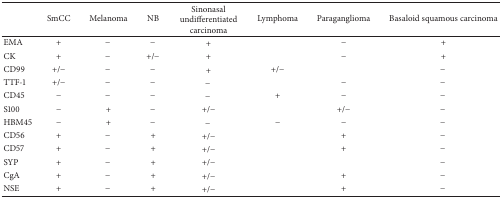
<table><thead><tr><td><b> </b></td><td><b>SmCC</b></td><td><b>Melanoma</b></td><td><b>NB</b></td><td><b>Sinonasal undifferentiated carcinoma</b></td><td><b>Lymphoma</b></td><td><b>Paraganglioma</b></td><td><b>Basaloid squamous carcinoma</b></td></tr></thead><tbody><tr><td>EMA</td><td>+</td><td>−</td><td>−</td><td>+</td><td> </td><td>−</td><td>+</td></tr><tr><td>CK</td><td>+</td><td>−</td><td>+/−</td><td>+</td><td> </td><td>−</td><td>+</td></tr><tr><td>CD99</td><td>+/−</td><td>−</td><td>−</td><td>+</td><td>+/−</td><td> </td><td>−</td></tr><tr><td>TTF-1</td><td>+/−</td><td>−</td><td>−</td><td>−</td><td> </td><td>−</td><td>−</td></tr><tr><td>CD45</td><td>−</td><td>−</td><td>−</td><td>−</td><td>+</td><td>−</td><td>−</td></tr><tr><td>S100</td><td>−</td><td>+</td><td>−</td><td>+/−</td><td> </td><td>+/−</td><td>−</td></tr><tr><td>HBM45</td><td>−</td><td>+</td><td>−</td><td>−</td><td>−</td><td>−</td><td>−</td></tr><tr><td>CD56</td><td>+</td><td>−</td><td>+</td><td>+/−</td><td> </td><td>+</td><td>−</td></tr><tr><td>CD57</td><td>+</td><td>−</td><td>+</td><td>+/−</td><td> </td><td>+</td><td>−</td></tr><tr><td>SYP</td><td>+</td><td>−</td><td>+</td><td>+/−</td><td> </td><td> </td><td>−</td></tr><tr><td>CgA</td><td>+</td><td>−</td><td>+</td><td>+/−</td><td> </td><td>+</td><td>−</td></tr><tr><td>NSE</td><td>+</td><td>−</td><td>+</td><td>+/−</td><td> </td><td>+</td><td>−</td></tr></tbody></table>